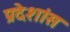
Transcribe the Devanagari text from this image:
प्रदेशांस